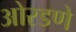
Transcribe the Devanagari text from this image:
ओरडणे